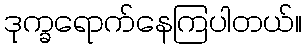
ဒုက္ခရောက်နေကြပါတယ်။